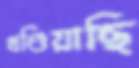
খণ্ডিয়াছি